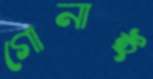
গোনাই